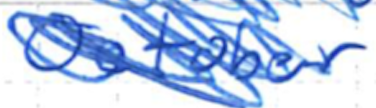
Text: October
Cross-out: scratch
Writing tool: ballpoint